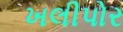
ખલીપોર